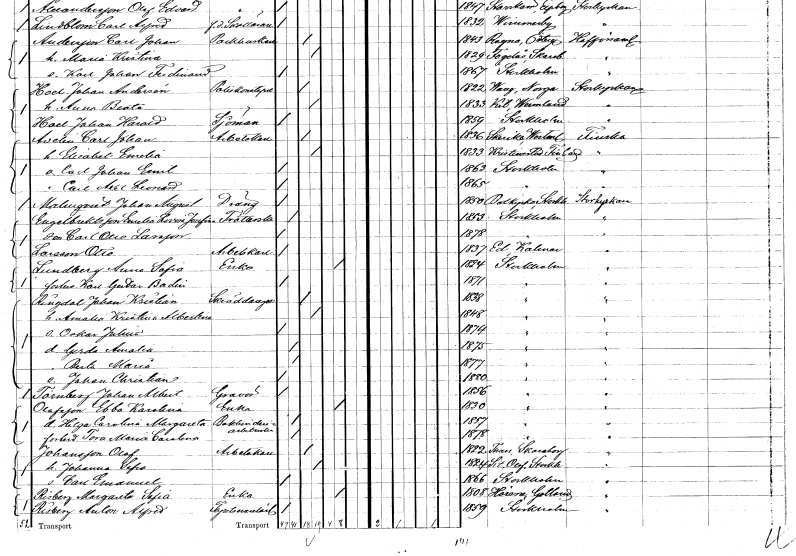
gt_parse: households: individuals: FN: Carl Johan
EN: Adelin
YRKE: Arbetskarl
KON: M
CIV: G
FODAR: 1836
FODFORS: Skerike Västerås Västmanlands län
FN: Elisabet Emelia
KON: K
CIV: G
FODAR: 1833
FN: Carl Johan Emil
KON: M
CIV: O
FODAR: 1863
FODFORS: Stockholm
FN: Carl Axel Leonard
KON: M
CIV: O
FODAR: 1865
FODFORS: Stockholm
FN: Johan August
EN: Malmqvist
YRKE: Dräng
KON: M
CIV: O
FODAR: 1850
FODFORS: Botkyrka Stockholms län
FN: Emelia Lovisa Josefina
EN: Engelbrektsson
YRKE: Tvätterska
KON: K
CIV: O
FODAR: 1853
FODFORS: Stockholm
FN: Carl Otto
EN: Larsson
KON: M
CIV: O
FODAR: 1878
FODFORS: Stockholm
FN: Otto
EN: Larsson
YRKE: Arbetskarl
KON: M
CIV: O
FODAR: 1837
FODFORS: Ed Kalmar län
FN: Anna Sofia
EN: Lundberg
YRKE: Änka
KON: K
CIV: E
FODAR: 1824
FODFORS: Stockholm
FN: Karl Gustav
EN: Bodin
KON: M
CIV: O
FODAR: 1871
FODFORS: Stockholm
FN: Johan Kristian
EN: Ringdal
YRKE: Skräddaregesäll
KON: M
CIV: G
FODAR: 1838
FODFORS: Stockholm
FN: Amalia Kristina Albertina
KON: K
CIV: G
FODAR: 1848
FODFORS: Stockholm
FN: Oskar Julius
KON: M
CIV: O
FODAR: 1874
FODFORS: Stockholm
FN: Gerda Amalia
KON: K
CIV: O
FODAR: 1875
FODFORS: Stockholm
FN: Berta Maria
KON: K
CIV: O
FODAR: 1877
FODFORS: Stockholm
FN: Johan Christian
KON: M
CIV: O
FODAR: 1880
FODFORS: Stockholm
FN: Johan Albert
EN: Törnberg
YRKE: Gravör
KON: M
CIV: O
FODAR: 1856
FODFORS: Stockholm
FN: Ebba Karolina
EN: Olofsson
YRKE: Änka
KON: K
CIV: E
FODAR: 1830
FODFORS: Stockholm
FN: Helga Carolina Margareta
YRKE: Bokbinderiarbeterska
KON: K
CIV: O
FODAR: 1857
FODFORS: Stockholm
FN: Tora Maria Carolina
KON: K
CIV: O
FODAR: 1878
FODFORS: Stockholm
FN: Olof
EN: Johansson
YRKE: Arbetskarl
KON: M
CIV: G
FODAR: 1822
FODFORS: Tun Skaraborgs län
FN: Johanna Sofia
KON: K
CIV: G
FODAR: 1824
FODFORS: Sankt Olof Stockholms län
FN: Carl Emanuel
KON: M
CIV: O
FODAR: 1866
FODFORS: Stockholm
FN: Margareta Sofia
EN: Risberg
YRKE: Änka
KON: K
CIV: E
FODAR: 1808
FODFORS: Hörsne Gotlands län
FN: Anton Alfred
EN: Risberg
YRKE: Tapetserarelärling
KON: M
CIV: O
FODAR: 1859
FODFORS: Stockholm